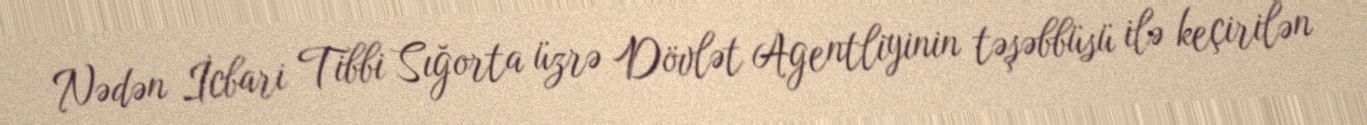
Nədən İcbari Tibbi Sığorta üzrə Dövlət Agentliyinin təşəbbüsü ilə keçirilən